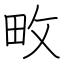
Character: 畋